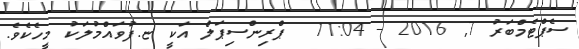
ސެޕްޓެމްބަރު 7